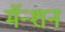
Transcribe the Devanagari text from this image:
मॅन्शन